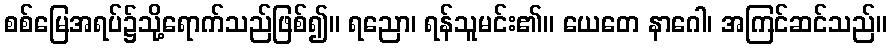
စစ်မြေအရပ်၌သို့ရောက်သည်ဖြစ်၍။ ရညော၊ ရန်သူမင်း၏။ ယေတေ နာဂေါ၊ အကြင်ဆင်သည်။